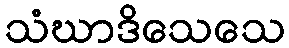
သံဃာဒိသေသေ